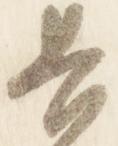
長